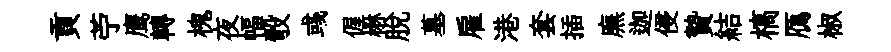
貢苧鹰轉槐夜幅彀彧偓楙脫墓雇港套插廡迦侵贄結槁鴈椒